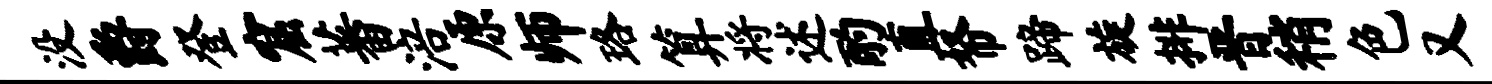
没爵登窟蕃涪原师珞算将述酌直帑蹄旋排晋稍色又